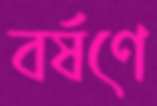
বর্ষণে